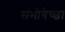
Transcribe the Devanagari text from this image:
संभोगेच्छा